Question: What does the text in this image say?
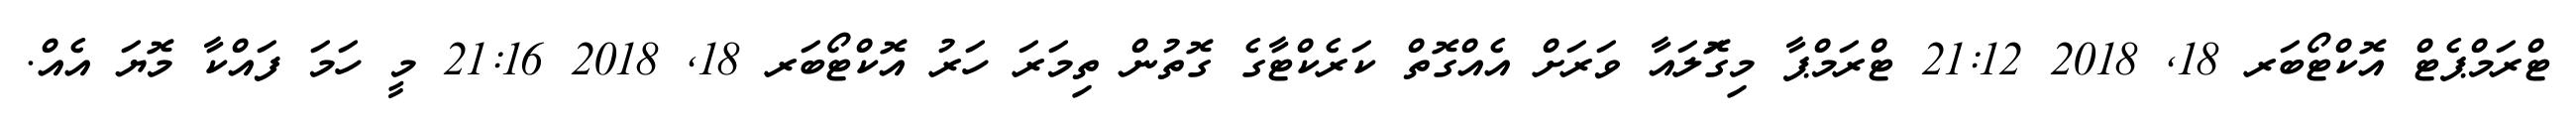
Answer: ޓްރަމްޕެޓް އޮކްޓޯބަރ 18, 2018 21:12 ޓްރަމްޕާ މިގޮަލައާ ވަރަށް އެއްގޮތް ކަރެކްޓާގެ ގޮތުން ތިމަރަ ހަރު އޮކްޓޯބަރ 18, 2018 21:16 މީ ހަމަ ފައްކާ މޮޔަ އެއް.